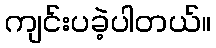
ကျင်းပခဲ့ပါတယ်။